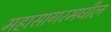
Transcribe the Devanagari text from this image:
महासागरमधील